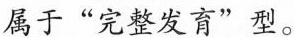
属于“完整发育”型。